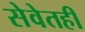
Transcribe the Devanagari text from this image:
सेवेतही